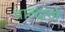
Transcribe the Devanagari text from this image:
वाल्दानो